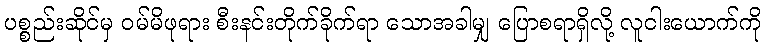
ပစ္စည်းဆိုင်မှ ဝမ်မိဖုရား စီးနင်းတိုက်ခိုက်ရာ သောအခါမျှ ပြောစရာရှိလို့ လူငါးယောက်ကို